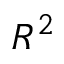
R ^ { 2 }